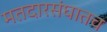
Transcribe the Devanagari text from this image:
मतदारसंघातच